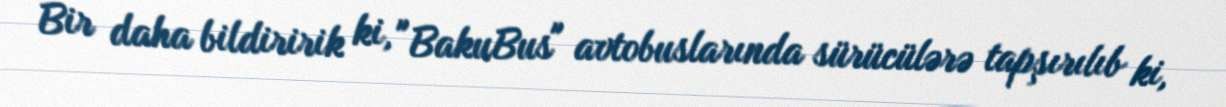
Bir daha bildiririk ki, "BakuBus" avtobuslarında sürücülərə tapşırılıb ki,